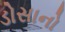
ડોસાનો